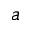
a